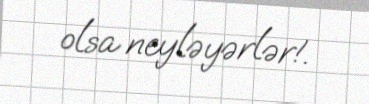
olsa neyləyərlər!.